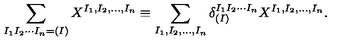
\sum _ { I _ { 1 } I _ { 2 } \cdots I _ { n } = ( I ) } X ^ { I _ { 1 } , I _ { 2 } , \ldots , I _ { n } } \equiv \sum _ { I _ { 1 } , I _ { 2 } , \ldots , I _ { n } } \delta _ { ( I ) } ^ { I _ { 1 } I _ { 2 } \cdots I _ { n } } X ^ { I _ { 1 } , I _ { 2 } , \ldots , I _ { n } } .